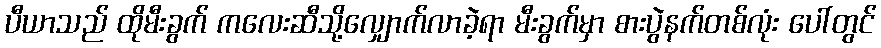
ပီယာသည် ထိုမီးခွက် ကလေးဆီသို့လျှောက်လာခဲ့ရာ မီးခွက်မှာ စားပွဲနက်တစ်လုံး ပေါ်တွင်